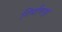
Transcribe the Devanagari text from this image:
निर्माणगृह